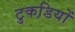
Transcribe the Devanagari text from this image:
टुकडि़यों